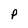
Character: P